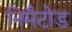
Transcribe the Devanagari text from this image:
निमैटोड